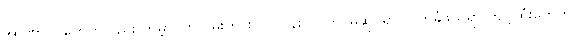
အာဏာပိုင်တွေကိုလည်း ကမ္ဘာပတ်လမ်းတွင်း လုပ်ငန်းလုပ်ကိုင်မှုဆိုင်ရာ လက်ခံဖွယ်ရာ ကျင့်ထုံးတွေကို